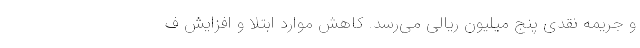
و جریمه نقدی پنج میلیون ریالی می‌رسد. کاهش موارد ابتلا و افزایش ف